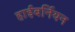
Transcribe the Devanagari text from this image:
हाईबर्नियन